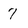
Character: 7